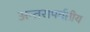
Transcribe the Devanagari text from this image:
अन्तरापर्वतीय